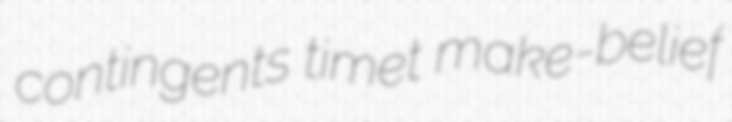
contingents timet make-belief